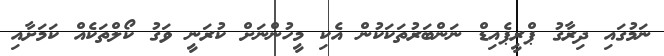
ނަމުގައި ދިރާގު ޕްރީޕެއިޑް ނަންބަރުތަކަކުން އެކި މީހުންނަށް ކުރަނީ ވަގު ކޯލްތަކެއް ކަމަށާއި